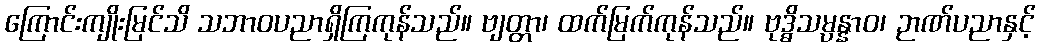
ကြောင်းကျိုးမြင်သိ သဘာဝပညာရှိကြကုန်သည်။ ဗျတ္တာ၊ ထက်မြက်ကုန်သည်။ ဗုဒ္ဓိသမ္ပန္နာဝ၊ ဉာဏ်ပညာနှင့်